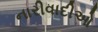
નારીવાદીઓ